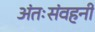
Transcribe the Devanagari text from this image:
अंतःसंवहनी